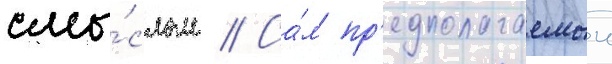
смы́слом // Са́м пр'едполагаемыи